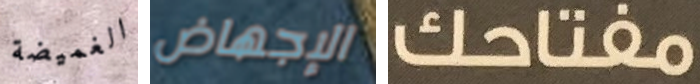
الغميضة الإجهاض مفتاحك